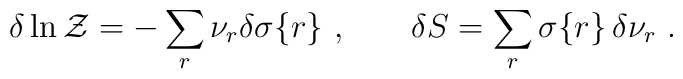
\delta\ln{\cal Z}=-\sum_r \nu_r\delta\sigma\{r\}\ , \hskip 0.8 cm\delta S=\sum_r\sigma\{r\}\,\delta\nu_r \ .